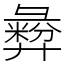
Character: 彜